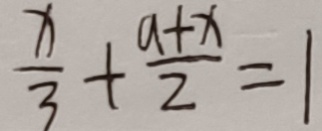
\frac { x } { 3 } + \frac { a + x } { 2 } = 1